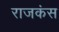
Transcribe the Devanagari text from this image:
राजकंस